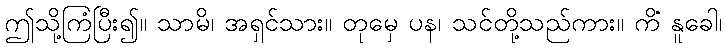
ဤသို့ကြံပြီး၍။ သာမိ၊ အရှင်သား။ တုမှေ ပန၊ သင်တို့သည်ကား။ ကိံ နူခေါ၊